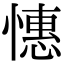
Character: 憓